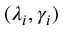
( \lambda _ { i } , \gamma _ { i } )